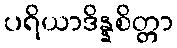
ပရိယာဒိန္နစိတ္တာ